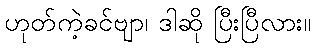
ဟုတ်ကဲ့ခင်ဗျာ၊ ဒါဆို ပြီးပြီလား။